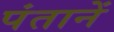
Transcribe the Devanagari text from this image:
पंतानें